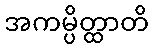
အကမ္ပိတ္ထာတိ